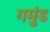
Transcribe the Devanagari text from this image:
गमुंड